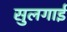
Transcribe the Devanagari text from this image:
सुलगाई